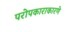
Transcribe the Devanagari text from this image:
परोपकाराकारणे